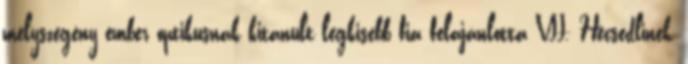
mélyszegény ember optikusnak kitanult legkisebb fia felajánlotta VII. Hecsedlinek,